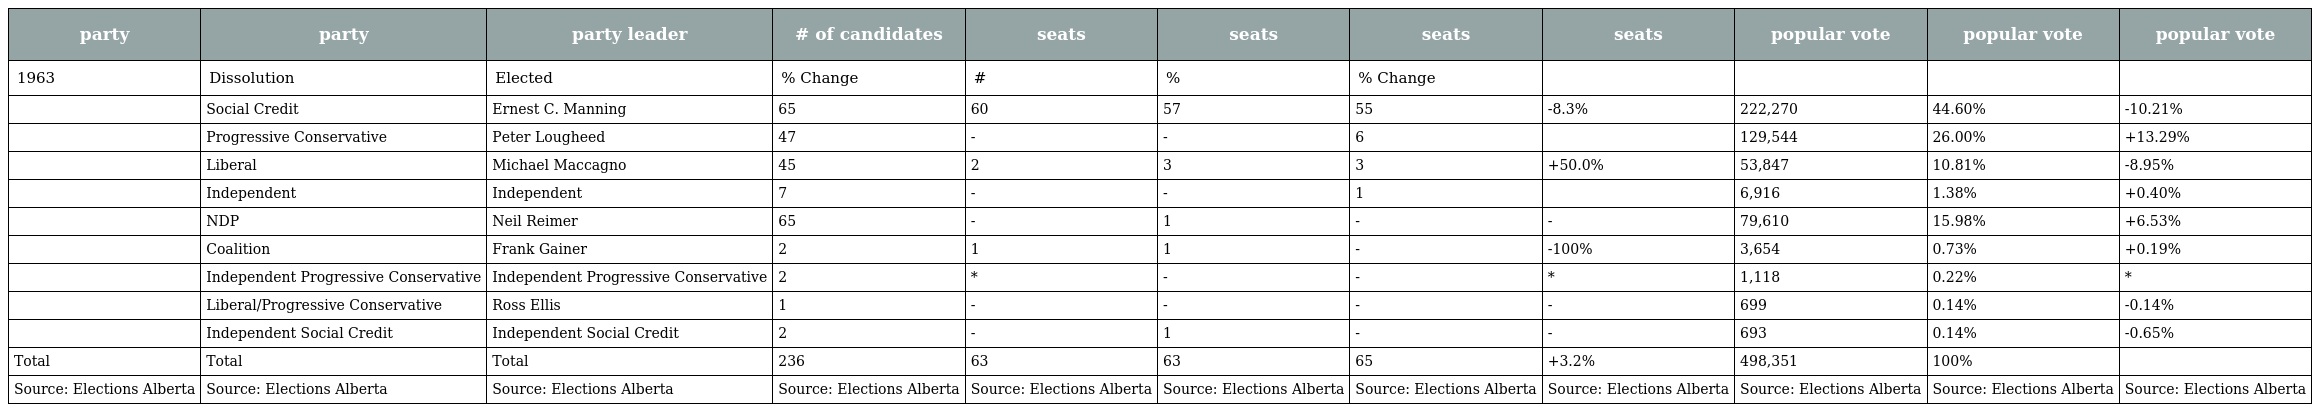
| party | party | party leader | # of candidates | seats | seats | seats | seats | popular vote | popular vote | popular vote |
 | --- | --- | --- | --- | --- | --- | --- | --- | --- | --- | --- |
 | 1963 | Dissolution | Elected | % Change | # | % | % Change |  |  |  |  |
 |  | Social Credit | Ernest C. Manning | 65 | 60 | 57 | 55 | -8.3% | 222,270 | 44.60% | -10.21% |
 |  | Progressive Conservative | Peter Lougheed | 47 | - | - | 6 |  | 129,544 | 26.00% | +13.29% |
 |  | Liberal | Michael Maccagno | 45 | 2 | 3 | 3 | +50.0% | 53,847 | 10.81% | -8.95% |
 |  | Independent | Independent | 7 | - | - | 1 |  | 6,916 | 1.38% | +0.40% |
 |  | NDP | Neil Reimer | 65 | - | 1 | - | - | 79,610 | 15.98% | +6.53% |
 |  | Coalition | Frank Gainer | 2 | 1 | 1 | - | -100% | 3,654 | 0.73% | +0.19% |
 |  | Independent Progressive Conservative | Independent Progressive Conservative | 2 | * | - | - | * | 1,118 | 0.22% | * |
 |  | Liberal/Progressive Conservative | Ross Ellis | 1 | - | - | - | - | 699 | 0.14% | -0.14% |
 |  | Independent Social Credit | Independent Social Credit | 2 | - | 1 | - | - | 693 | 0.14% | -0.65% |
 | Total | Total | Total | 236 | 63 | 63 | 65 | +3.2% | 498,351 | 100% |  |
 | Source: Elections Alberta | Source: Elections Alberta | Source: Elections Alberta | Source: Elections Alberta | Source: Elections Alberta | Source: Elections Alberta | Source: Elections Alberta | Source: Elections Alberta | Source: Elections Alberta | Source: Elections Alberta | Source: Elections Alberta |